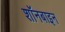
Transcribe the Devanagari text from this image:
शॉनबाइन